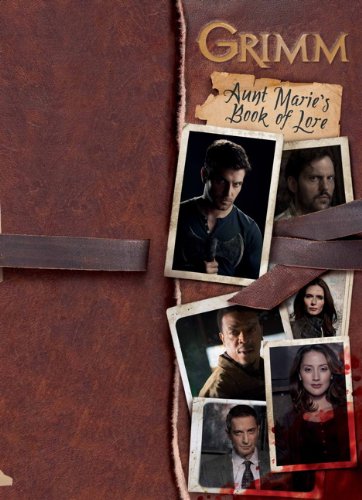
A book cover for Grimm: Aunt Marie's Book of Lore; Titan Books; Humor & Entertainment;